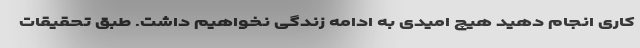
کاری انجام دهید هیچ امیدی به ادامه زندگی نخواهیم داشت. طبق تحقیقات